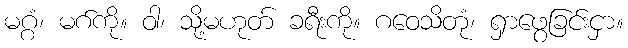
မဂ္ဂံ၊ မဂ်ကို။ ဝါ၊ သို့မဟုတ် ခရီးကို။ ဂဝေသိတုံ၊ ရှာဖွေခြင်းငှာ။